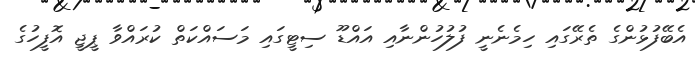
އެބޭފުޅުންގެ ތެރޭގައި ހިމެނެނީ ފުލުހުންނާއި އައްޑޫ ސިޓީގައި މަސައްކަތް ކުރައްވާ ޕީޖީ އޮފީހުގެ